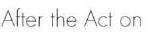
After the Act on